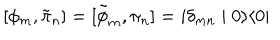
[ \phi _ { m } , \tilde { \pi } _ { n } ] = [ \tilde { \phi } _ { m } , \pi _ { n } ] = i \delta _ { m n } \mid 0 \rangle \langle 0 \mid